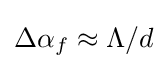
\Delta \alpha _{f}\approx \Lambda /d